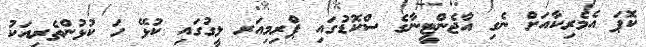
ކޮޕަ އެމެރިކާއަށް ނެގި އާޖެންޓީނާގެ ސްކޮޑުގައި ޕްރިމިއަރ ލީގުގައި ކުޅޭ ހަ ކުޅުންތެރިއަކު